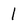
Character: 1